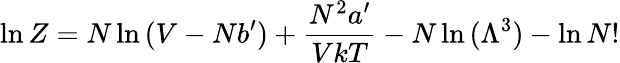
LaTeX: \ln Z=N\ln{(V-Nb^{\prime})}+{\frac{N^{2}a^{\prime}}{VkT}}-N\ln{(\Lambda^{3})}-\ln{N!}